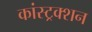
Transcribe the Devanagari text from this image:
कांस्ट्रक्शन